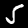
Digit: 5